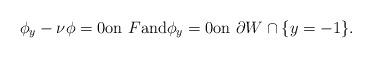
LaTeX: \begin{align*}\phi_y - \nu \phi = 0 \mbox{on} \ F \mbox{and} \phi_y = 0 \mbox{on} \ \partial W \cap \{y=-1\} .\end{align*}